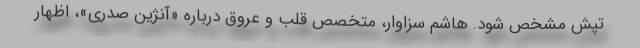
تپش مشخص شود. هاشم سزاوار، متخصص قلب و عروق درباره «آنژین صدری»، اظهار